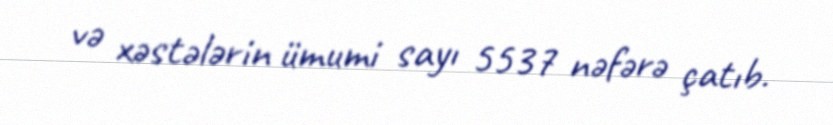
və xəstələrin ümumi sayı 5537 nəfərə çatıb.